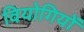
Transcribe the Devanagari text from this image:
वियोगियों